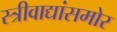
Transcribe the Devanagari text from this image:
स्त्रीवाद्यांसमोर